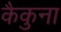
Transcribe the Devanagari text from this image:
कैकुना